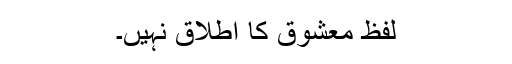
لفظ معشوق کا اطلاق نہیں۔